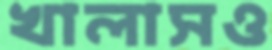
খালাসও